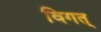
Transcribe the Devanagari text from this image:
विगत्